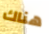
هناك